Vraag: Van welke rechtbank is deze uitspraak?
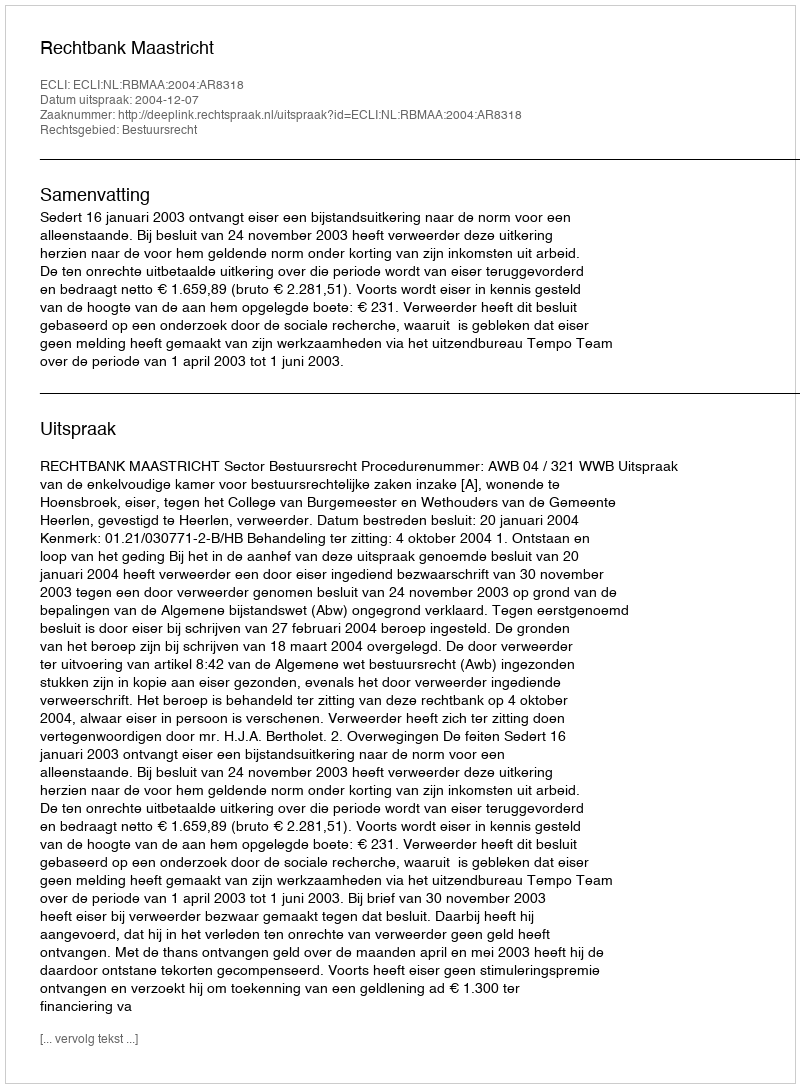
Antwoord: Rechtbank Maastricht